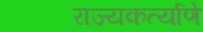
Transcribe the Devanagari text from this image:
राज्यकर्त्याणे